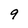
Character: 9